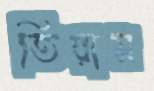
তিয়াস